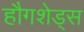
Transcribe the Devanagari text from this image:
हौगशेड्स